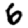
Digit: 6